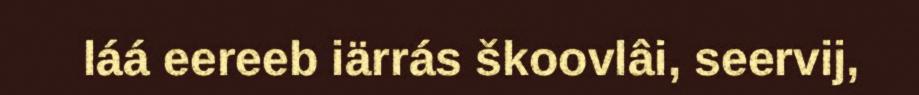
láá eereeb iärrás škoovlâi, seervij,